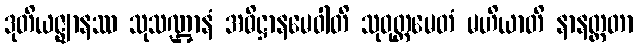
ဒုတိယဇ္ဈာနဿ သုသဏ္ဌာနံ အဓိဋ္ဌာနမေဝါတိ သုဝုတ္တမေတံ မဟိယာတိ နာနတ္ထတာ